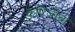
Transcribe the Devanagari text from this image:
कृषिजीवी